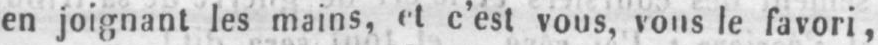
en joignant les mains, et c’est vous, vous le favori,